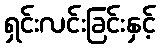
ရှင်းလင်းခြင်းနှင့်